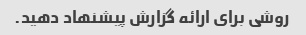
روشی برای ارائه گزارش پیشنهاد دهید.